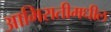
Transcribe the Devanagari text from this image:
आमिरातीमधील